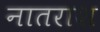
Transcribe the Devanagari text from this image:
नातराश